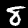
Digit: 8